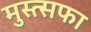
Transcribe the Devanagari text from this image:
मुस्त्सफा